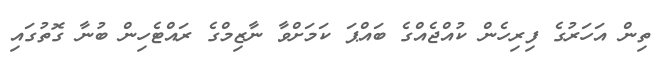
ތިން އަހަރުގެ ފިރިހެން ކުއްޖެއްގެ ބައްޕަ ކަމަށްވާ ނާޒިމްގެ ރައްޓެހިން ބުނާ ގޮތުގައި